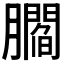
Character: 𰯤